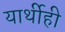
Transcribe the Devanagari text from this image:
यार्थीही